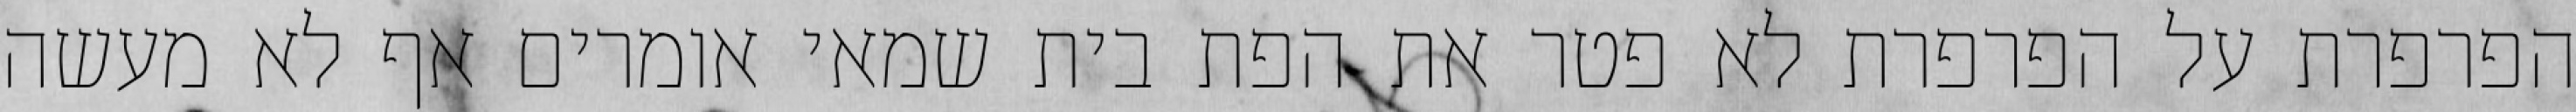
הפרפרת על הפרפרת לא פטר את הפת בית שמאי אומרים אף לא מעשה